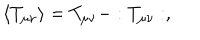
\langle T _ { \mu \nu } \rangle = T _ { \mu \nu } - : T _ { \mu \nu } : ,